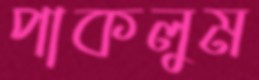
পাকলুম